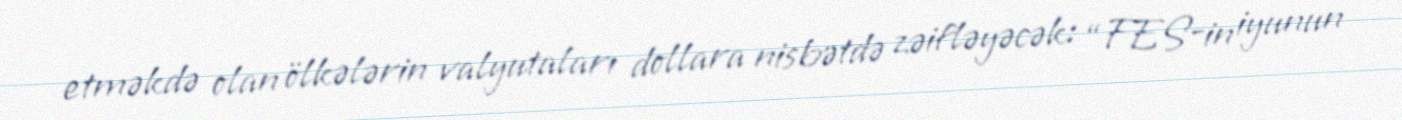
etməkdə olan ölkələrin valyutaları dollara nisbətdə zəifləyəcək: “FES-in iyunun